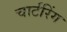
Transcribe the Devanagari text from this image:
चार्टरिंग